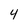
Character: 4